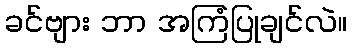
ခင်ဗျား ဘာ အကြံပြုချင်လဲ။